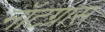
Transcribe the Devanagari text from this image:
नॉटग्रास